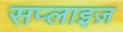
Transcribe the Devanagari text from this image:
सप्लाइज़